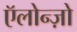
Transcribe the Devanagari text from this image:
ऍलोन्ज़ो